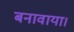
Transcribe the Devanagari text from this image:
बनावाया।